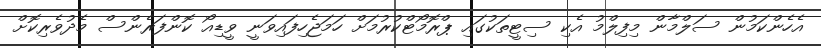
އެހެންކަމުން ސަލްމާން މިފިލްމު އެކި ސިޓީތަކުގައި ޕްރޮމޯޓްކުރުމަށް ހަމަޖެހިފައިވަނީ ވީޑިއޯ ކޮންފަރެންސް މެދުވެރިކޮށް